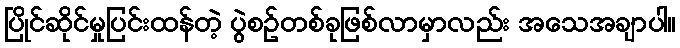
ပြိုင်ဆိုင်မှုပြင်းထန်တဲ့ ပွဲစဥ်တစ်ခုဖြစ်လာမှာလည်း အသေအချာပါ။